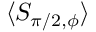
\langle S _ { \pi / 2 , \phi } \rangle